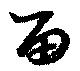
留